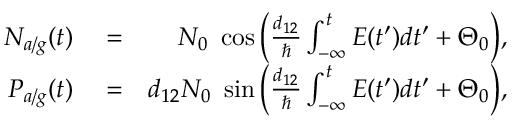
\begin{array} { r l r } { N _ { a / g } ( t ) } & { { } = } & { N _ { 0 } \ \cos \Big ( \frac { d _ { 1 2 } } { \hbar } \int _ { - \infty } ^ { t } E ( t ^ { \prime } ) d t ^ { \prime } + \Theta _ { 0 } \Big ) , } \\ { P _ { a / g } ( t ) } & { { } = } & { d _ { 1 2 } N _ { 0 } \ \sin \Big ( \frac { d _ { 1 2 } } { \hbar } \int _ { - \infty } ^ { t } E ( t ^ { \prime } ) d t ^ { \prime } + \Theta _ { 0 } \Big ) , } \end{array}